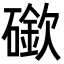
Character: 䃢